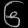
Digit: ၆